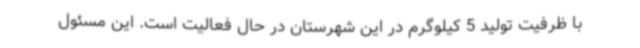
با ظرفیت تولید 5 کیلوگرم در این شهرستان در حال فعالیت است. این مسئول